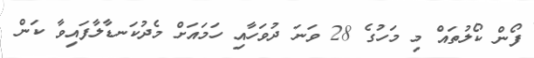
ފޯން ކޯލުތައް މި މަހުގެ 28 ވަނަ ދުވަހާއި ހަމައަށް މެދުކަނޑާލާފައިވާ ކަން